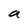
Character: a